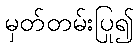
မှတ်တမ်းပြု၍